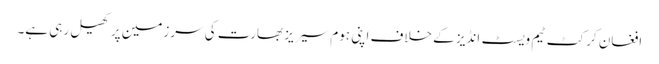
افغان کرکٹ ٹیم ویسٹ انڈیز کے خلاف اپنی ہوم سیریز بھارت کی سرزمین پر کھیل رہی ہے۔